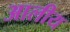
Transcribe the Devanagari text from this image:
आलीय